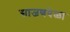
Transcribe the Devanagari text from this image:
साजणवेळा